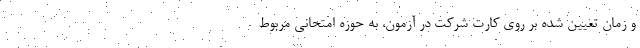
و زمان تعیین شده بر روی کارت شرکت در آزمون، به حوزه امتحانی مربوط